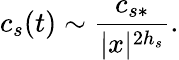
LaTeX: c_{s}(t)\sim\frac{c_{s*}}{|x|^{2h_{s}}}.